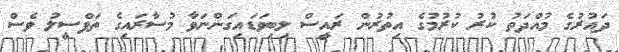
ދައުރުގެ މުއްދަތު ކުރު ކުރުމުގެ އިތުރުން ރައީސް ލިބިވަޑައިގަންނަވާ މުސާރައިގެ ތަފްސީލު ވެސް